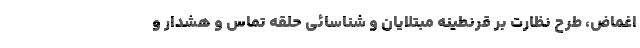
اغماض، طرح نظارت بر قرنطینه مبتلایان و شناسائی حلقه تماس و هشدار و